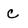
Character: c